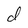
Character: d